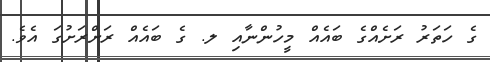
ގެ ހަތަރު ރަށެއްގެ ބައެއް މީހުންނާއި ލ. ގެ ބައެއް ރަށްރަށުގަ އެވެ.